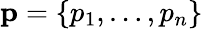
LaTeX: \mathbf{p}=\{ p_{1},\ldots,p_{n}\}